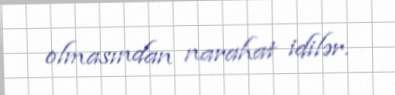
olmasından narahat idilər.